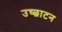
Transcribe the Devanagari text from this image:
उच्छाटन